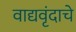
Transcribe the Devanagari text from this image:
वाद्यवृंदाचे